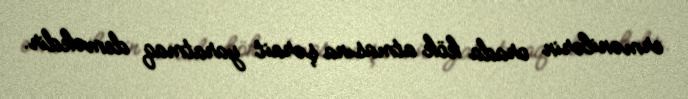
ermənilərin orada kök atmasına şərait yaratmaq deməkdir.